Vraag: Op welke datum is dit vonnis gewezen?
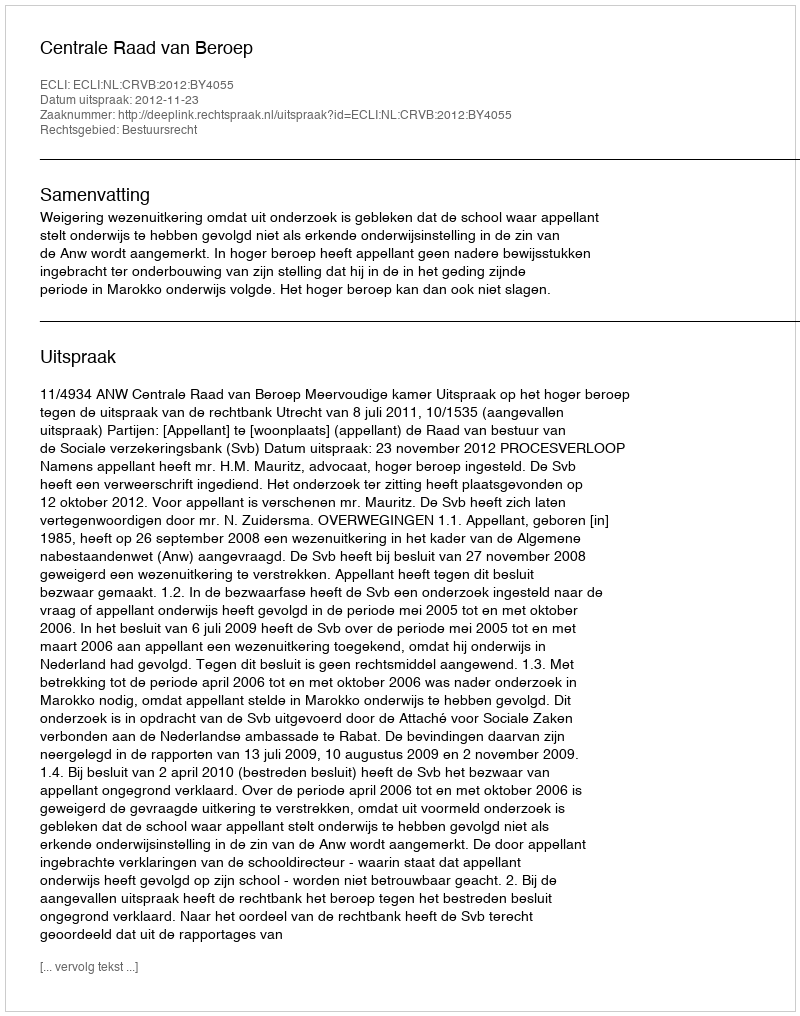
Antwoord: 2012-11-23